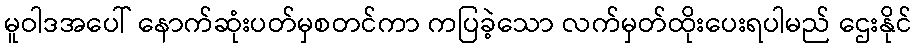
မူဝါဒအပေါ် နောက်ဆုံးပတ်မှစတင်ကာ ကပြခဲ့သော လက်မှတ်ထိုးပေးရပါမည် ဌေးနိုင်